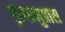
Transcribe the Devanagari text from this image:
वृत्यानुप्रास